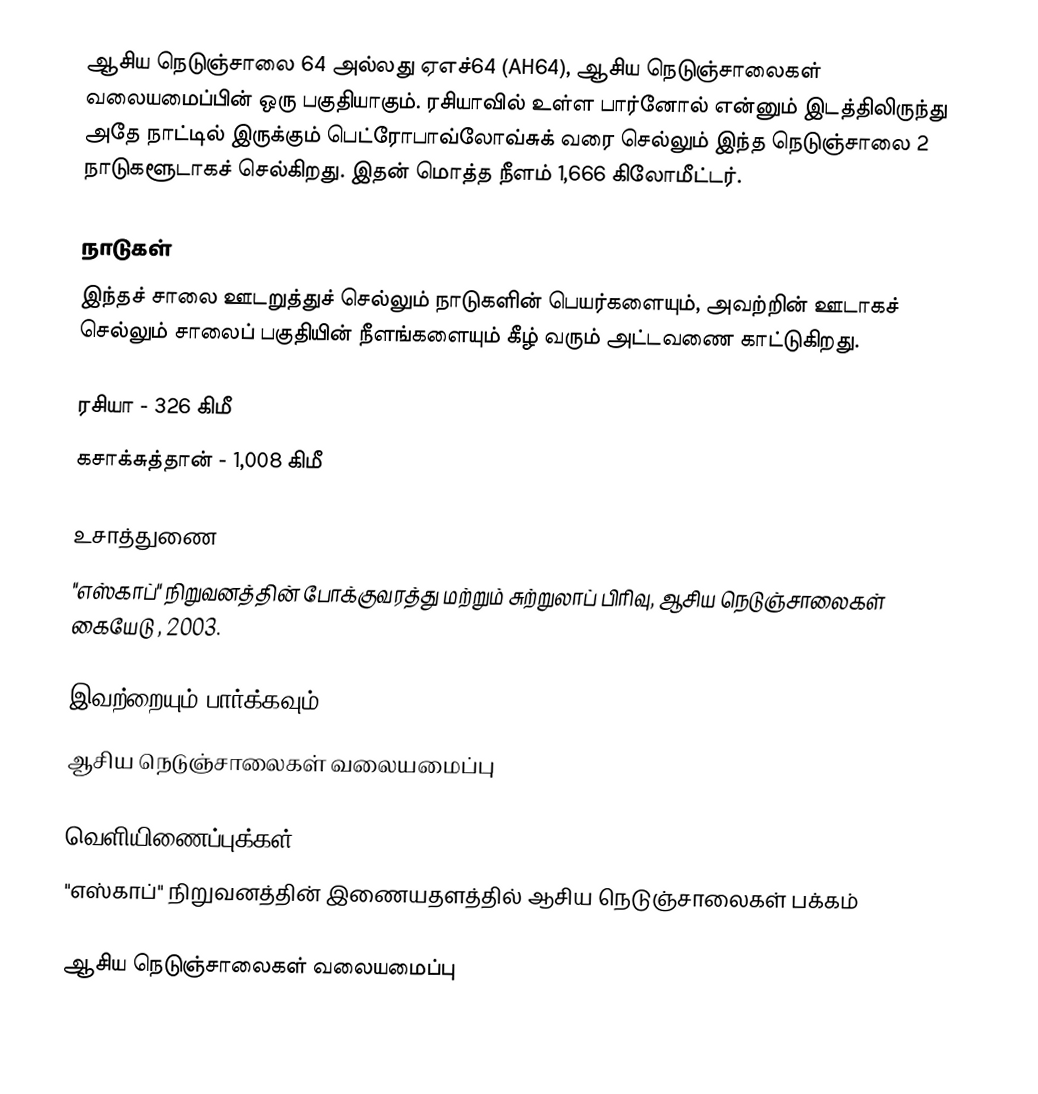
ஆசிய நெடுஞ்சாலை 64 அல்லது ஏஎச்64 (AH64), ஆசிய நெடுஞ்சாலைகள் வலையமைப்பின் ஒரு பகுதியாகும். ரசியாவில் உள்ள பார்னோல் என்னும் இடத்திலிருந்து அதே நாட்டில் இருக்கும் பெட்ரோபாவ்லோவ்சுக் வரை செல்லும் இந்த நெடுஞ்சாலை 2 நாடுகளூடாகச் செல்கிறது. இதன் மொத்த நீளம் 1,666 கிலோமீட்டர்.

நாடுகள்
இந்தச் சாலை ஊடறுத்துச் செல்லும் நாடுகளின் பெயர்களையும், அவற்றின் ஊடாகச் செல்லும் சாலைப் பகுதியின் நீளங்களையும் கீழ் வரும் அட்டவணை காட்டுகிறது.

 ரசியா - 326 கிமீ
 கசாக்சுத்தான் - 1,008 கிமீ

உசாத்துணை
 "எஸ்காப்" நிறுவனத்தின் போக்குவரத்து மற்றும் சுற்றுலாப் பிரிவு, ஆசிய நெடுஞ்சாலைகள் கையேடு , 2003.

இவற்றையும் பார்க்கவும்
 ஆசிய நெடுஞ்சாலைகள் வலையமைப்பு

வெளியிணைப்புக்கள்
 "எஸ்காப்" நிறுவனத்தின் இணையதளத்தில் ஆசிய நெடுஞ்சாலைகள் பக்கம்

 ஆசிய நெடுஞ்சாலைகள் வலையமைப்பு